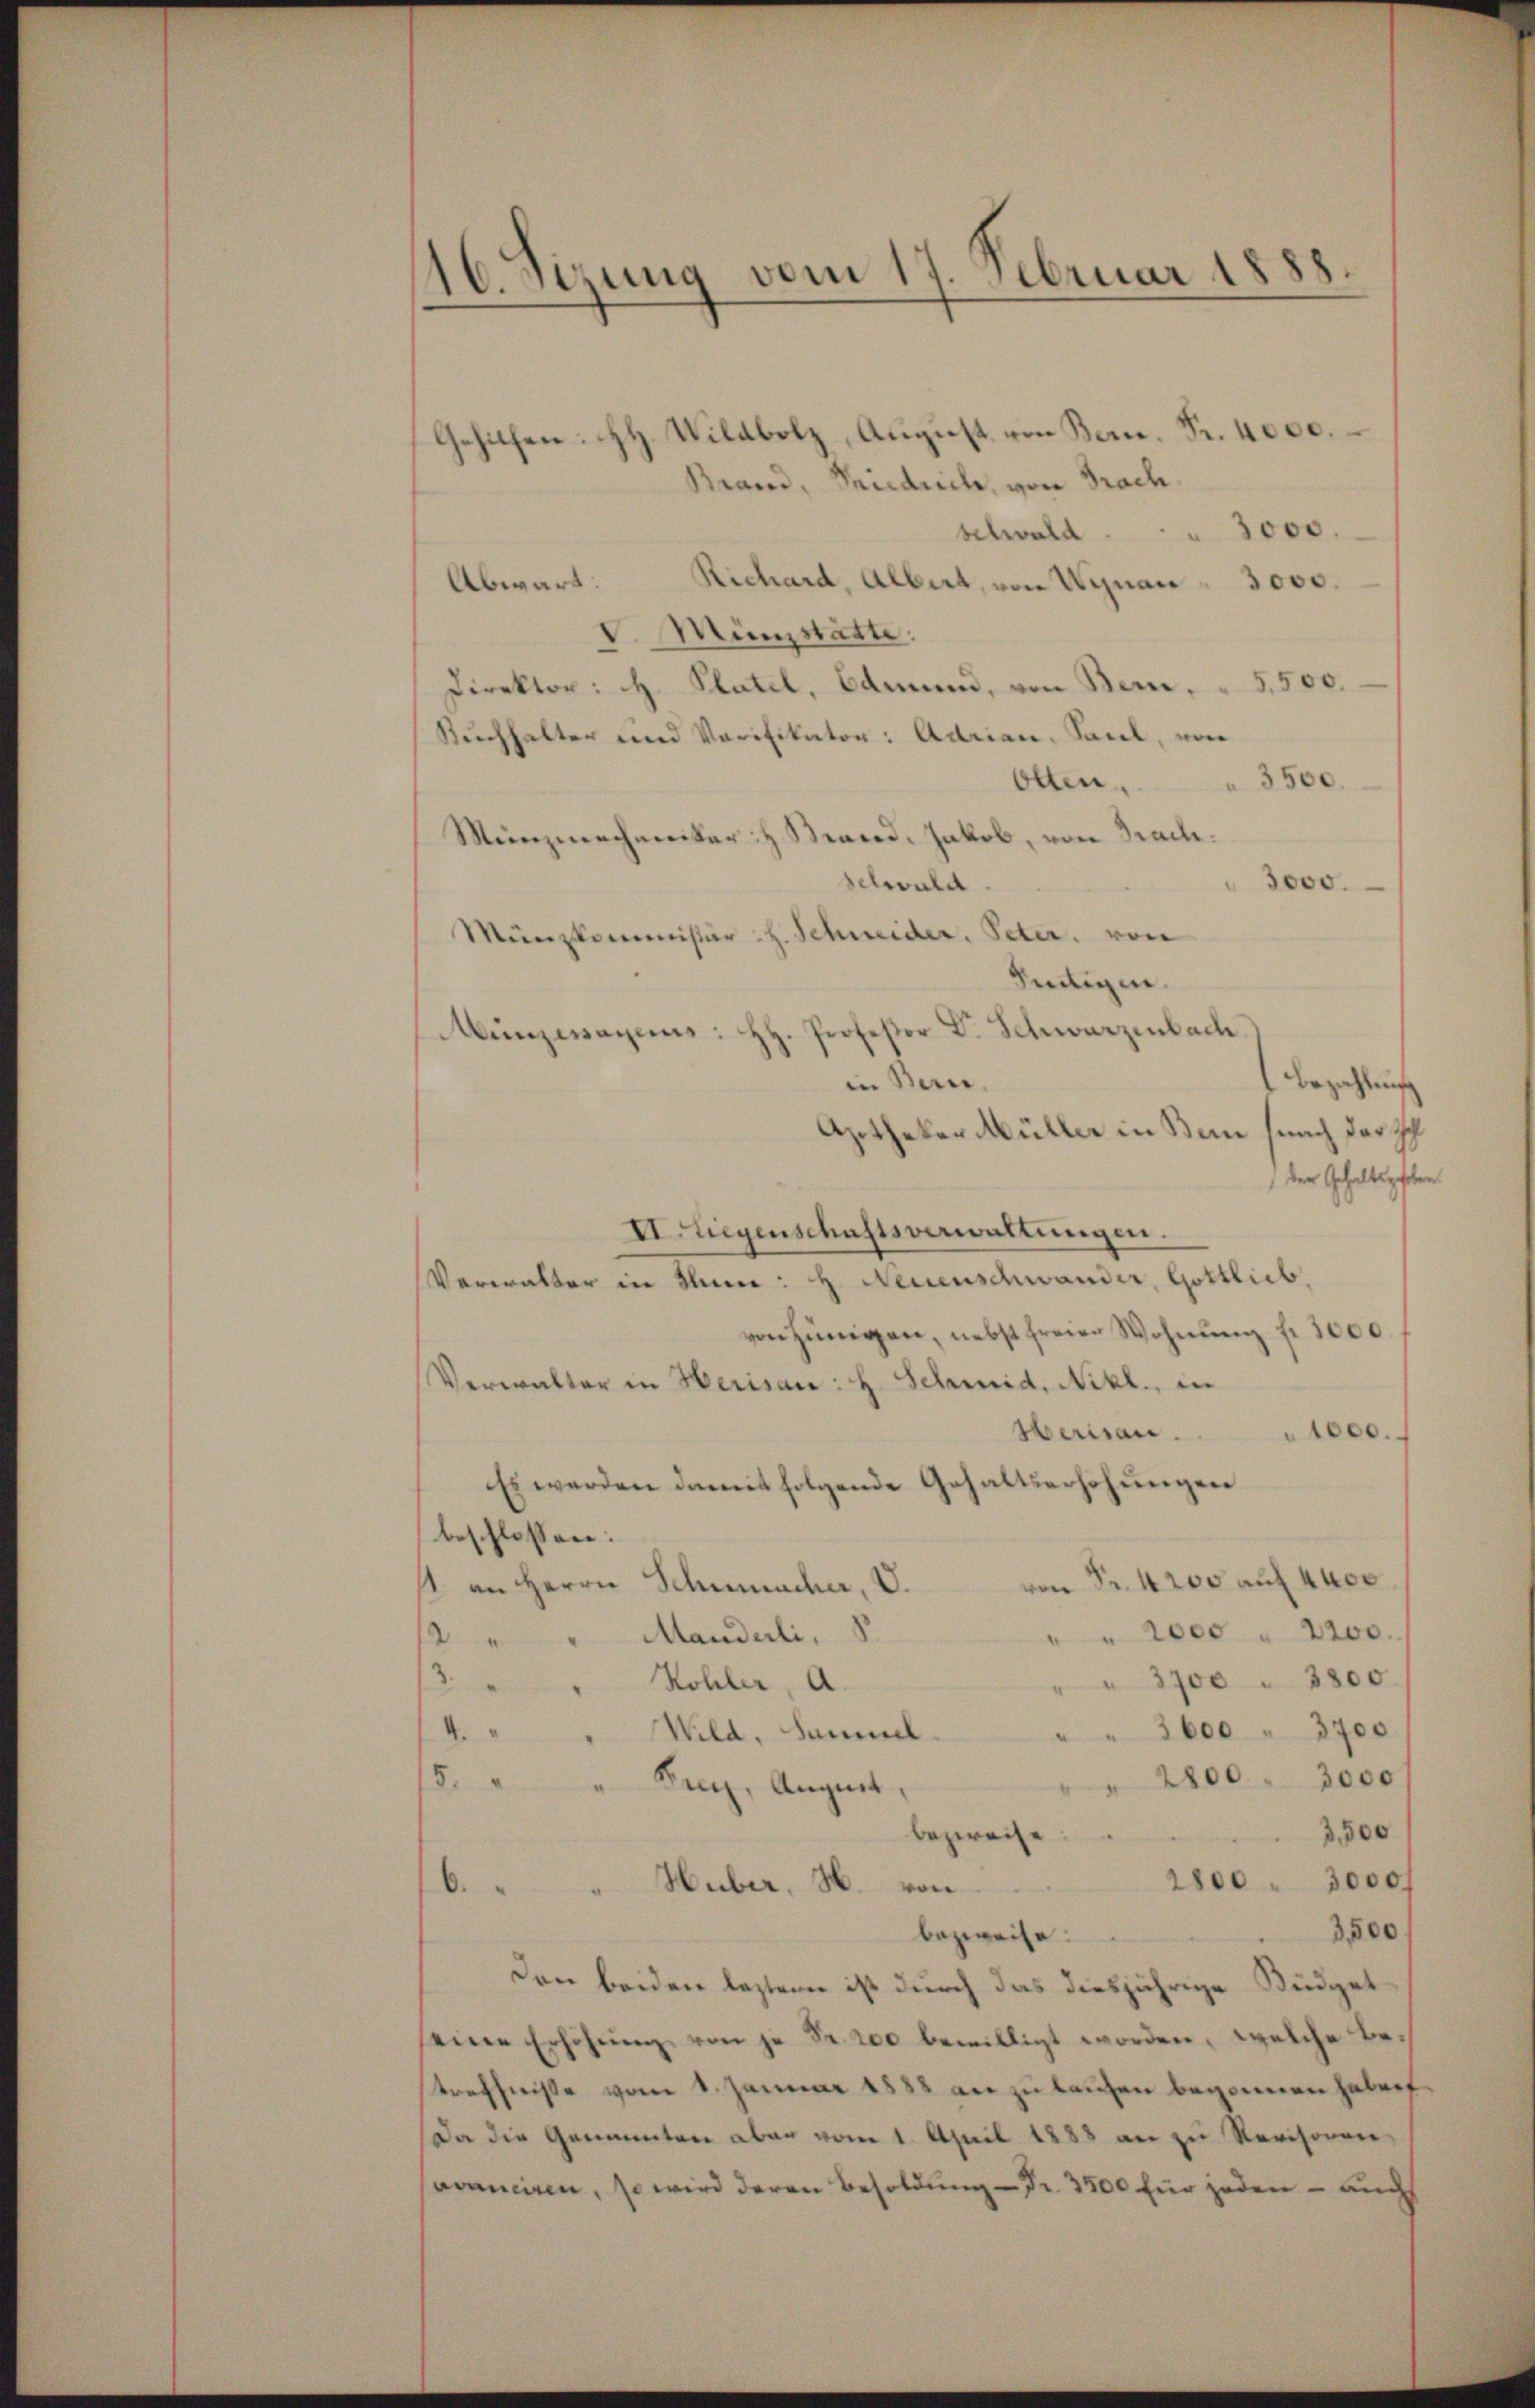
.
16. Sizung vom 17. Februar 1

Gehilfen: HHH. Wildbolz, August von Bern. Fr. 4000.
Brand, Friedrich, von Frach.
3000.
schwald
Richard, Albert, von Winar 3000.
Abwart.
V. Münzstatte:
Direktor: H. Platel, Bammen, von Bern, " 5,500.
Ruchhalter und Verifikator: Adrian, Saal, von
3500.
Olten.
Münzmechaniker H. Stand. Jakob, von Brach.
schwald.
3000.
Münzkommissär H. Schweider, Peter, von
Sentigen.
Professor Dr. Schwarzenbach.
Munzianas:
in Bern.
Bezahlung
Apothekar Müller in Bon (nach der Ich
 der Gehaltigsten
II. Liegenschaftsverwaltungen.
Verwalter in Thun: H. Neuenschwander, Gottlieb,
von Zünigen, nebst freier Wohnung f. 1000.
Verwalter in Herisau: H. Schmid, Nikl., in
Weriren.
1000.
Es werden damit folgende Gehaltserhöhŭngen
beschlossen:
von Fr. 4200 auf 4400
1. an Herrn Schumacher, V.
2000 " 2200.
Manderli,
2
2
" 3700 " 3800.
Kohler, A
3600 " 3700
4.
Wild, Sammel.
2800 " 3000
15.
Reiz, August,
bezweife
3,500
2800 " 3000 f
6. " " Huber, H. von
3,500
bezweife.
Den beiden leztern ist durch das diesjährige Büdgeteine Erhöhŭng von je Fr. 200 bewilligt worden, welche betreffniße vom 1. Januar 1888 an zu laufen begonnen haben
Da die Genannten aber vom 1. April 1888 an zu Revisoren,
vranciren, so wird deren Besoldung Fr. 3500 für jeden – auch